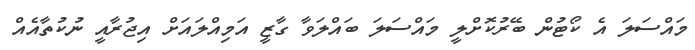
މައްސަލަ އެ ކޯޓުން ބޭރުކޮށްލީ މައްސަލަ ބައްލަވާ ގާޒީ އަމިއްލައަށް އިޖުރާއީ ނުކުތާއެއް